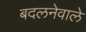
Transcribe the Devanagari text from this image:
बदलनेवाले